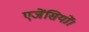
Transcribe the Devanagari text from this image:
एजेंसियों।